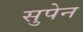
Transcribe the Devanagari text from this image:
सुपेन